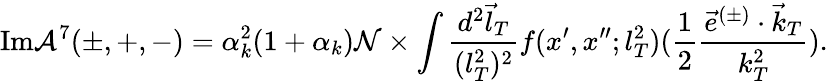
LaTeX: \mathrm{Im}{\cal A}^{7}(\pm,+,-)=\alpha_{k}^{2}(1+\alpha_{k}){\cal N}\times\int\frac{d^{2}\vec{l}_{T}}{(l_{T}^{2})^{2}}f(x^{\prime},x^{\prime\prime};l_{T}^{2})(\frac{1}{2}\frac{\vec{e}^{(\pm)}\cdot\vec{k}_{T}}{k_{T}^{2}}).